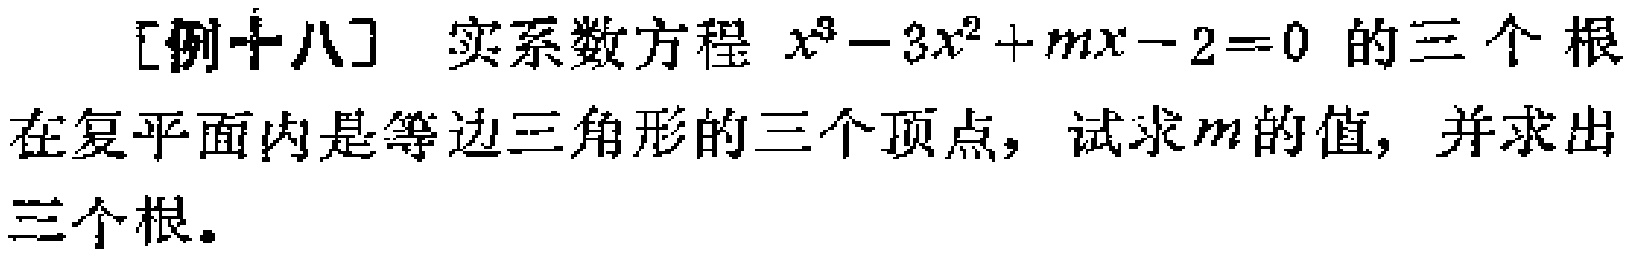
[例十八] 实系数方程 \(x^{3}-3x^{2}+mx - 2 = 0\) 的三个根在复平面内是等边三角形的三个顶点，试求\(m\)的值，并求出三个根。